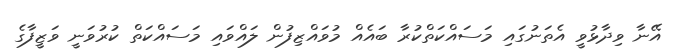
އޭނާ ވިދާޅުވީ އެތަނުގައި މަސައްކަތްކުރާ ބައެއް މުވައްޒިފުން ލައްވައި މަސައްކަތް ކުރުވަނީ ވަޒީފާގެ